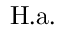
\mathrm { H . a . }